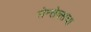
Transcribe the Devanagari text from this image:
सेन्सेक्सचा